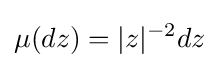
\mu (dz)=|z|^{-2}dz